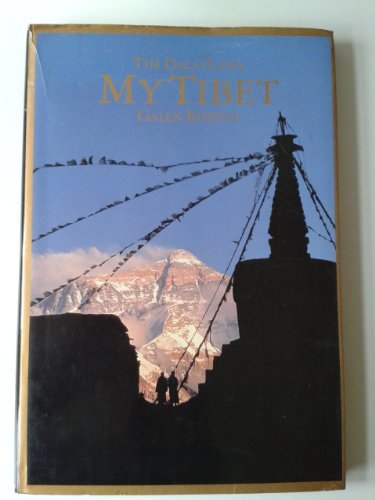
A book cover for My Tibet; Dalai Lama XIV; Travel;